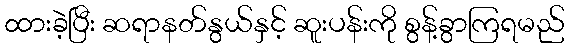
ထားခဲ့ပြီး ဆရာနတ်နွယ်နှင့် ဆူးပန်းကို စွန့်ခွာကြရမည်